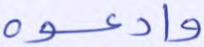
وادعوه